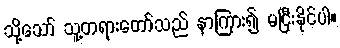
သို့သော် သူ့တရားတော်သည် နာကြား၍ မငြီးနိုင်ပါ။